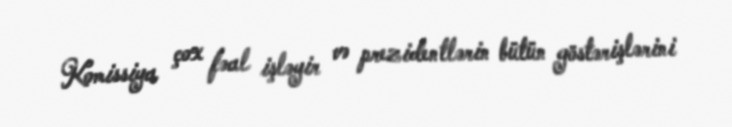
Komissiya çox fəal işləyir və prezidentlərin bütün göstərişlərini